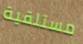
مستلقية